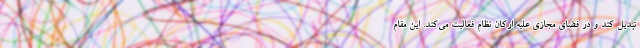
تبدیل کند و در فضای مجازی علیه ارکان نظام فعالیت می‌کند. این مقام